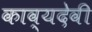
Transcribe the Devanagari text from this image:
काव्यदेवी